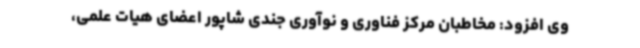
وی افزود: مخاطبان مرکز فناوری و نوآوری جندی شاپور اعضای هیات علمی،